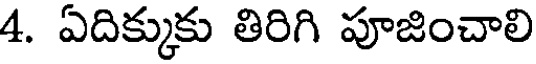
4. ఏదిక్కుకు తిరిగి పూజించాలి